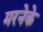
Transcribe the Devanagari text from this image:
मरनेके